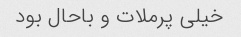
خیلی پرملات و باحال بود